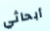
أبحاثي